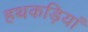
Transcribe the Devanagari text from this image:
हथकड़ियां